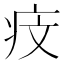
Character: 𤵒